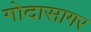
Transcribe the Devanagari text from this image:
गोदासागर